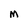
Character: M